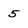
Character: 5